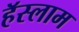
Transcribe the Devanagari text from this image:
हॅस्लाम